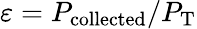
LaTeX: \varepsilon=P_{\mathrm{collected}}/P_{\mathrm{T}}